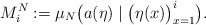
\begin{align*}M^N_i:= \mu_N \bigl( a(\eta) \mid \bigl(\eta(x)\bigr)_{x=1}^i \bigr).\end{align*}